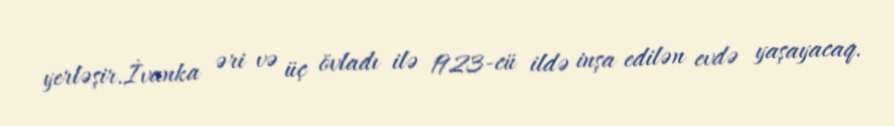
yerləşir.İvanka əri və üç övladı ilə 1923-cü ildə inşa edilən evdə yaşayacaq.